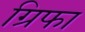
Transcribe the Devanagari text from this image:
ग्रिफा